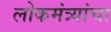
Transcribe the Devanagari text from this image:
लोकमंत्र्यांचा